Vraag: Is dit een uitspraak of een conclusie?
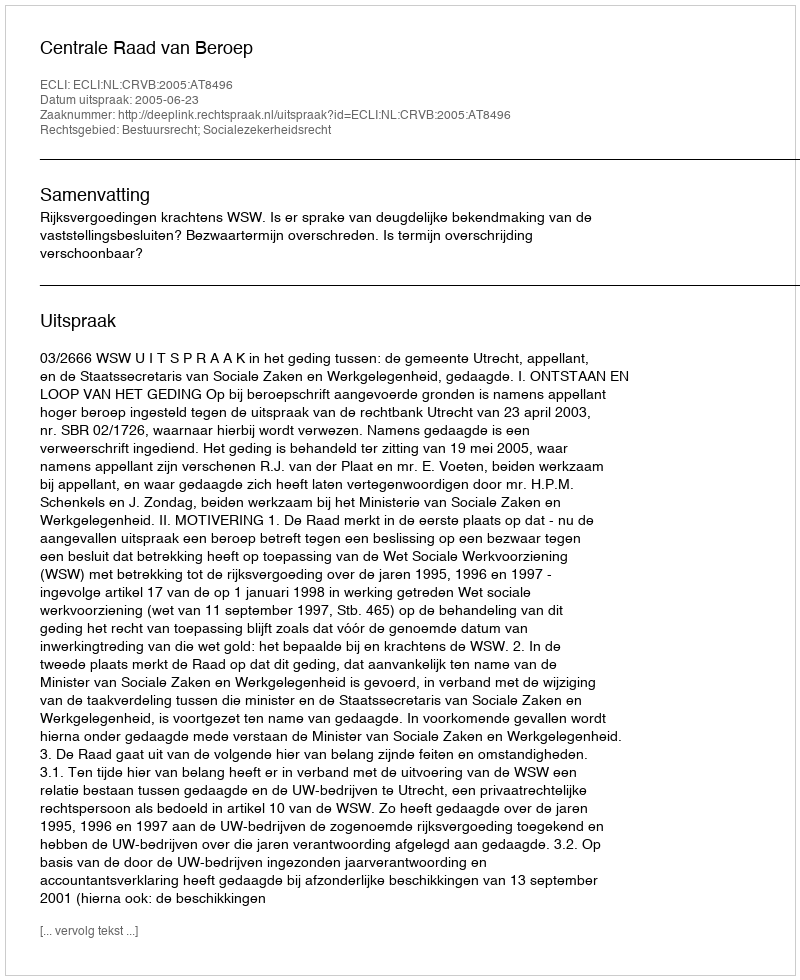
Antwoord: Uitspraak